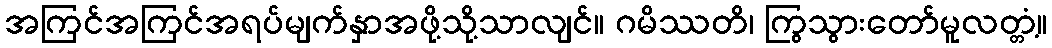
အကြင်အကြင်အရပ်မျက်နှာအဖို့သို့သာလျင်။ ဂမိဿတိ၊ ကြွသွားတော်မူလတ္တံ့။